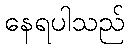
နေရပါသည်